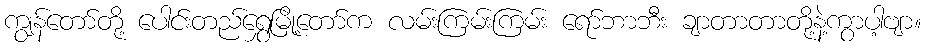
ကျွန်တော်တို့ ပေါင်းတည်ရွှေမြို့တော်က လမ်းကြမ်းကြမ်း ရော်ဘာဘီး ချာတာတာတို့နဲ့ကွာပါ့ဗျာ။